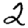
Digit: 2